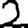
Digit: 2